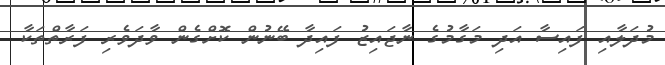
މުދަލާއި ފައިސާ އަދި މަގާމުގެ ނާޖައިޒު ފައިދާ ބޭނުން ކޮށްގެން ވާދަވެރި ފަރާތްތަކާ